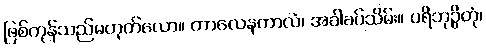
ဖြစ်ကုန်သည်မဟုတ်လော။ ကာလေနကာလံ၊ အခါခပ်သိမ်း။ ပရိဘုဉ္ဇိတုံ၊